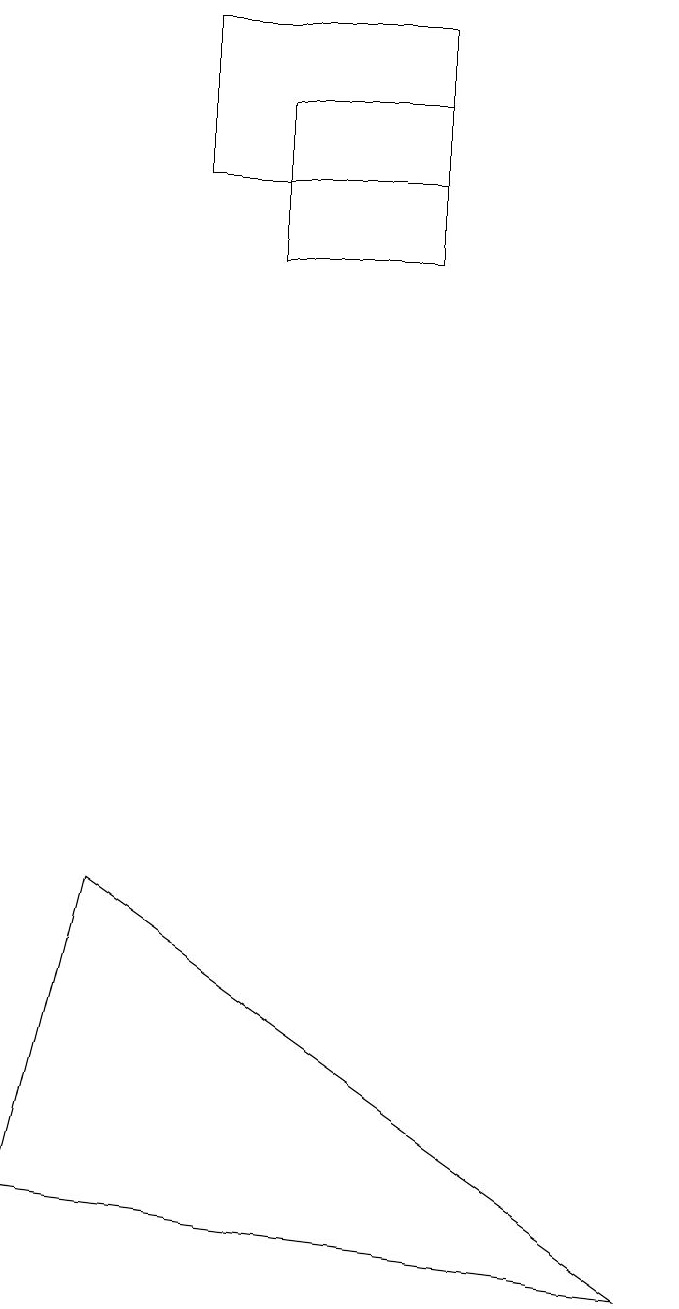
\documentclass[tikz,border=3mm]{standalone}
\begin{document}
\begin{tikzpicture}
\draw (9,0) -- (1,1) -- (2,5) -- cycle;
\draw (4,15) rectangle (6,13);
\draw (6,16) rectangle (3,14);
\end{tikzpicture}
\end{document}